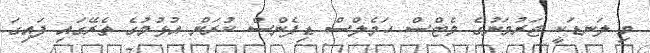
މި ލަނޑަކީ ޖަރުމަނުގެ މެޓްސް ހަމެލްސް ޑިފެންސް ކުރަން އުޅުމުގެ ތެރޭގައި ފައިގަ